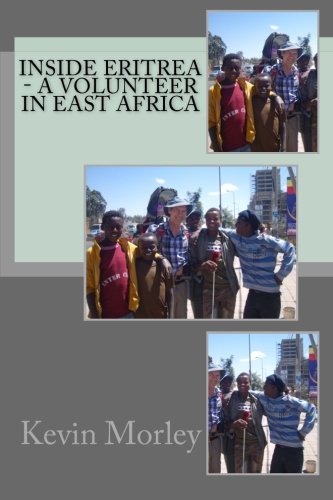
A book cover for Inside Eritrea - A Volunteer in East Africa; Mr Kevin Morley; Travel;